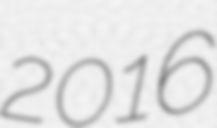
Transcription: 2016